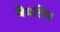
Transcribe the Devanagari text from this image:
जैवलिन